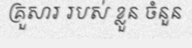
គ្រួសារ របស់ ខ្លួន ចំនួន